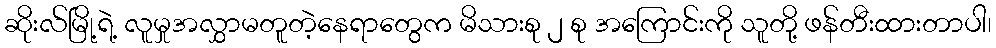
ဆိုးလ်မြို့ရဲ့ လူမှုအလွှာမတူတဲ့နေရာတွေက မိသားစု ၂ စု အကြောင်းကို သူတို့ ဖန်တီးထားတာပါ၊